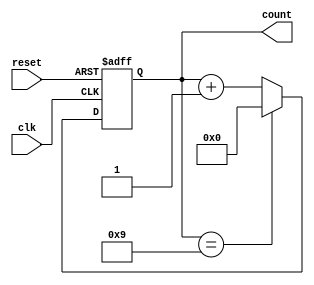
module BCD_Counter (
    input wire clk,        // Clock input
    input wire reset,      // Asynchronous reset
    output reg [3:0] count // 4-bit output for BCD count
);

// Always block triggered on the rising edge of the clock or reset
always @(posedge clk or posedge reset) begin
    if (reset) begin
        count <= 4'b0000; // Reset the counter to 0
    end else begin
        if (count == 4'b1001) begin
            count <= 4'b0000; // Roll over to 0 after reaching 9
        end else begin
            count <= count + 1; // Increment the counter
        end
    end
end

endmodule